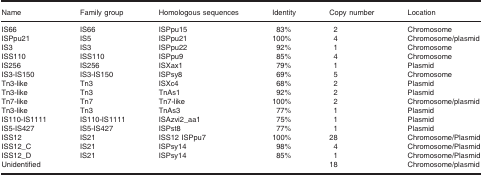
| Name | Family group | Homologous sequences | Identity | Copy number | Location |
 | --- | --- | --- | --- | --- | --- |
 | IS66 | IS66 | ISPpu15 | 83% | 2 | Chromosome |
 | ISPpu21 | IS5 | ISPpu21 | 100% | 4 | Chromosome/plasmid |
 | IS3 | IS3 | ISPpu22 | 92% | 1 | Chromosome |
 | ISS110 | ISS110 | ISPpu9 | 85% | 4 | Chromosome |
 | IS256 | IS256 | ISXax1 | 79% | 1 | Plasmid |
 | IS3‐IS150 | IS3‐IS150 | ISPsy8 | 69% | 5 | Chromosome |
 | Tn3‐like | Tn3 | ISXc4 | 68% | 2 | Plasmid |
 | Tn3‐like | Tn3 | TnAs1 | 92% | 2 | Plasmid |
 | Tn7‐like | Tn7 | Tn7‐like | 100% | 2 | Chromosome/plasmid |
 | Tn3‐like | Tn3 | TnAs3 | 77% | 1 | Plasmid |
 | IS110‐IS1111 | IS110‐IS1111 | ISAzvi2_aa1 | 75% | 1 | Plasmid |
 | IS5‐IS427 | IS5‐IS427 | ISPst8 | 77% | 1 | Plasmid |
 | ISS12 | IS21 | ISS12 ISPpu7 | 100% | 28 | Chromosome/Plasmid |
 | ISS12_C | IS21 | ISPsy14 | 98% | 4 | Chromosome/Plasmid |
 | ISS12_D | IS21 | ISPsy14 | 85% | 1 | Chromosome/Plasmid |
 | Unidentified |  |  |  | 18 | Chromosome/plasmid |